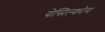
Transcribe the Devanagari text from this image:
येसिल्कोय